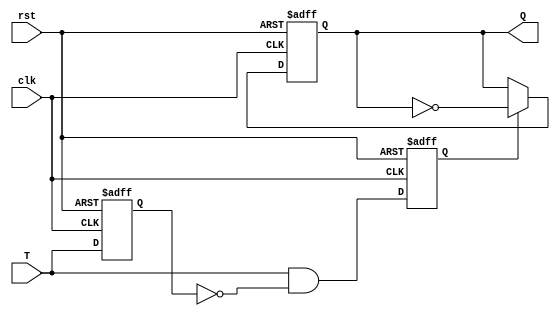
`timescale 1ns / 1ps
//////////////////////////////////////////////////////////////////////////////////
// Company: 
// Engineer: 
// 
// Design Name: 
// Module Name: oneshot_TFF
// Project Name: 
// Target Devices: 
// Tool Versions: 
// Description: 
// 
// Dependencies: 
// 
// Revision:
// Revision 0.01 - File Created
// Additional Comments:
// 
//////////////////////////////////////////////////////////////////////////////////


module oneshot_TFF(clk, rst, T, Q);

input T, clk, rst;
reg T_reg, T_trig;
output reg Q;

always @(posedge clk or negedge rst) begin
    if(!rst) begin
        Q <= 1'b0;
        T_reg <= 1'b0;
        T_trig <= 1'b0;
    end
    else begin
        T_reg <= T;
        T_trig <= T & ~T_reg;
        if(T_trig) begin
            Q <= ~Q;
        end
    end
end

endmodule